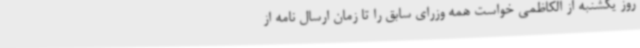
روز یکشنبه از الکاظمی خواست همه وزرای سابق را تا زمان ارسال نامه از